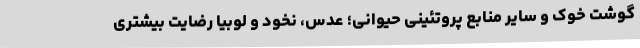
گوشت خوک و سایر منابع پروتئینی حیوانی؛ عدس، نخود و لوبیا رضایت بیشتری